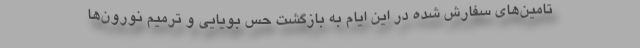
تامین‌های سفارش شده در این ایام به بازگشت حس بویایی و ترمیم نورون‌ها